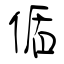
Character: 偱